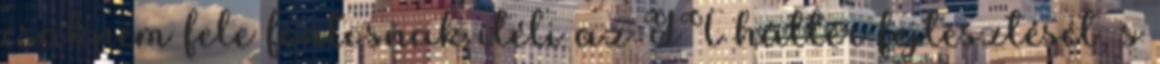
csaknem fele fontosnak ítéli az IT háttér fejlesztését, s